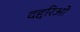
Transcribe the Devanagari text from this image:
दद्दरिओ